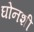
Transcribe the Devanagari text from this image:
घोनशी